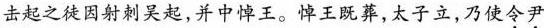
击起之徒因射刺吴起，并中悼王。悼王既葬，太子立，乃使令尹